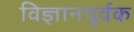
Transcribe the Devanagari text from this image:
विज्ञानपूर्वक